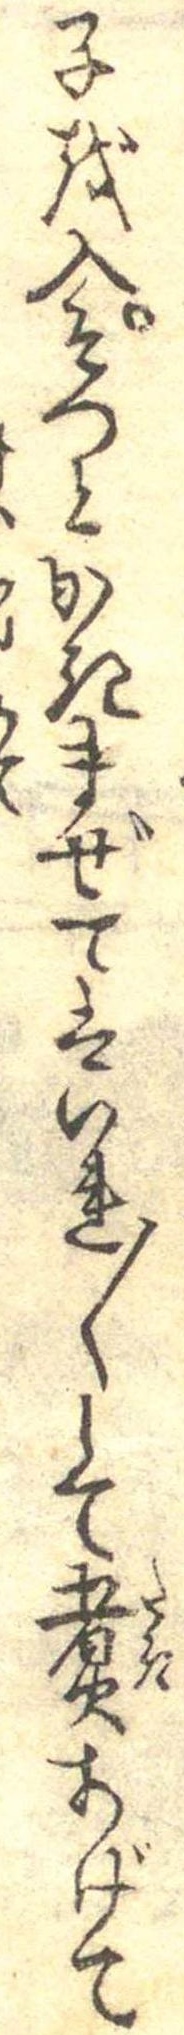
子を入そつとかきまぜてはいれ〱して煮あげて